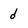
Character: d